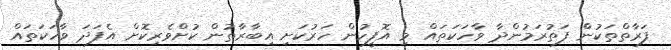
ފަރާތްތަކުންް ފަތުރަމުންދާ ވާހަކަތައް މި އޮފީހުން ހަރުކަށި އިބާރާތުން ކުށްވެރިކޮށް އެފަދަ ވާހަކަތައް